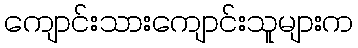
ကျောင်းသားကျောင်းသူများက